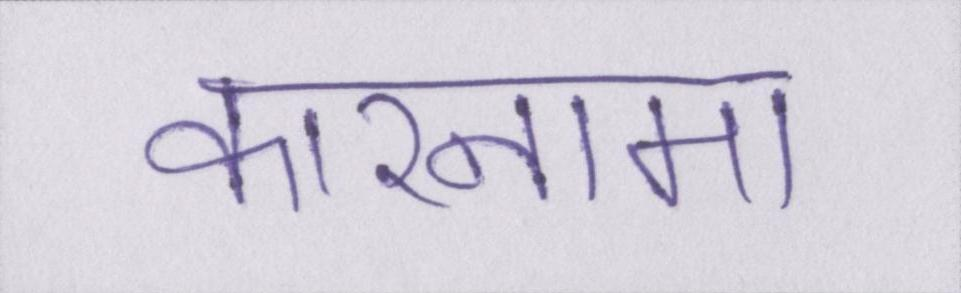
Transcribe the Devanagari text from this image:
कारनामा